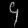
Digit: ၄